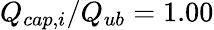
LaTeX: Q_{cap,i}/Q_{ub}=1.00